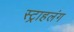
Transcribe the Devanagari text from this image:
स्‍ट्राहलंग